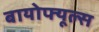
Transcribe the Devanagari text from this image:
बायोफ्यूल्स